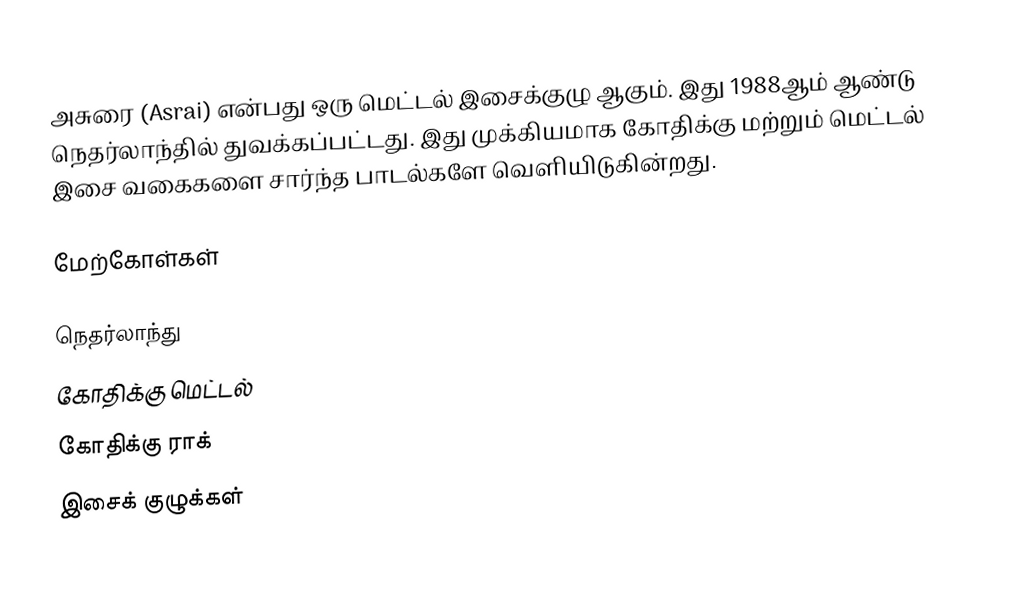
அசுரை (Asrai) என்பது ஒரு மெட்டல் இசைக்குழு ஆகும். இது 1988ஆம் ஆண்டு நெதர்லாந்தில் துவக்கப்பட்டது. இது முக்கியமாக கோதிக்கு மற்றும் மெட்டல் இசை வகைகளை சார்ந்த பாடல்களே வெளியிடுகின்றது.

மேற்கோள்கள்

நெதர்லாந்து
கோதிக்கு மெட்டல்
கோதிக்கு ராக்
இசைக் குழுக்கள்